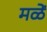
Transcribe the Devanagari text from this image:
मळें